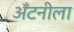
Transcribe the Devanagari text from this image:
अँटनीला